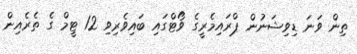
ތިން ވަނަ ޑިވިޝަނުން ޕްރައިމެރީގެ ވޯޓްގައި ބައިވެރިވި 12 ޓީމް ގެ ތެރެއިން